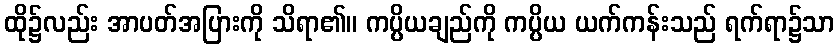
ထို၌လည်း အာပတ်အပြားကို သိရာ၏။ ကပ္ပိယချည်ကို ကပ္ပိယ ယက်ကန်းသည် ရက်ရာ၌သာ